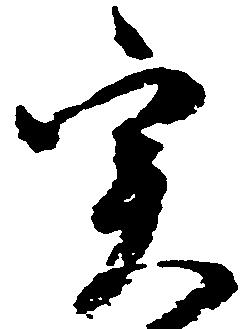
実